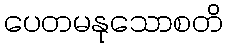
ပေတမနုသောစတိ